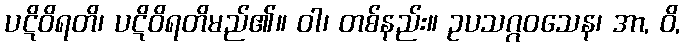
ပဋိဝိရတိ၊ ပဋိဝိရတိမည်၏။ ဝါ၊ တစ်နည်း။ ဥပသဂ္ဂဝသေန၊ အာ, ဝိ,